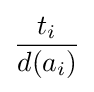
{\frac {t_{i}}{d(a_{i})}}